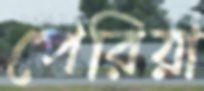
পেরিয়া